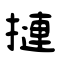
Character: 摙